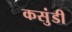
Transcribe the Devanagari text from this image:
कसुंडी